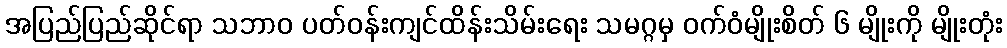
အပြည်ပြည်ဆိုင်ရာ သဘာဝ ပတ်ဝန်းကျင်ထိန်းသိမ်းရေး သမဂ္ဂမှ ဝက်ဝံမျိုးစိတ် ၆ မျိုးကို မျိုးတုံး